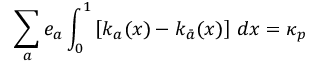
\sum _ { a } e _ { a } \int _ { 0 } ^ { 1 } \left[ k _ { a } ( x ) - k _ { \bar { a } } ( x ) \right] \, d x = \kappa _ { p } \,